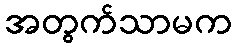
အတွက်သာမက